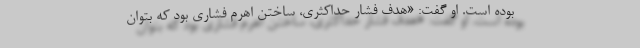
بوده است. او گفت: «هدف فشار حداکثری، ساختن اهرم فشاری بود که بتوان